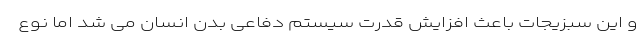
و این سبزیجات باعث افزایش قدرت سیستم دفاعی بدن انسان می شد اما نوع